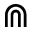
\Cap